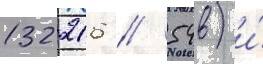
132216 // 54в) и́